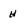
Character: H